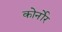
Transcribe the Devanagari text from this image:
कोर्नोर